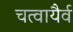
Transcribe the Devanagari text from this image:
चत्वायैर्व